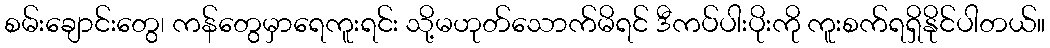
စမ်းချောင်းတွေ၊ ကန်တွေမှာရေကူးရင်း သို့မဟုတ်သောက်မိရင် ဒီကပ်ပါးပိုးကို ကူးစက်ရရှိနိုင်ပါတယ်။